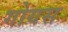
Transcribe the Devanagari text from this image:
गोयस